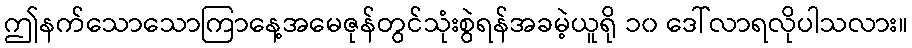
ဤနက်သောသောကြာနေ့အမေဇုန်တွင်သုံးစွဲရန်အခမဲ့ယူရို ၁၀ ဒေါ်လာရလိုပါသလား။